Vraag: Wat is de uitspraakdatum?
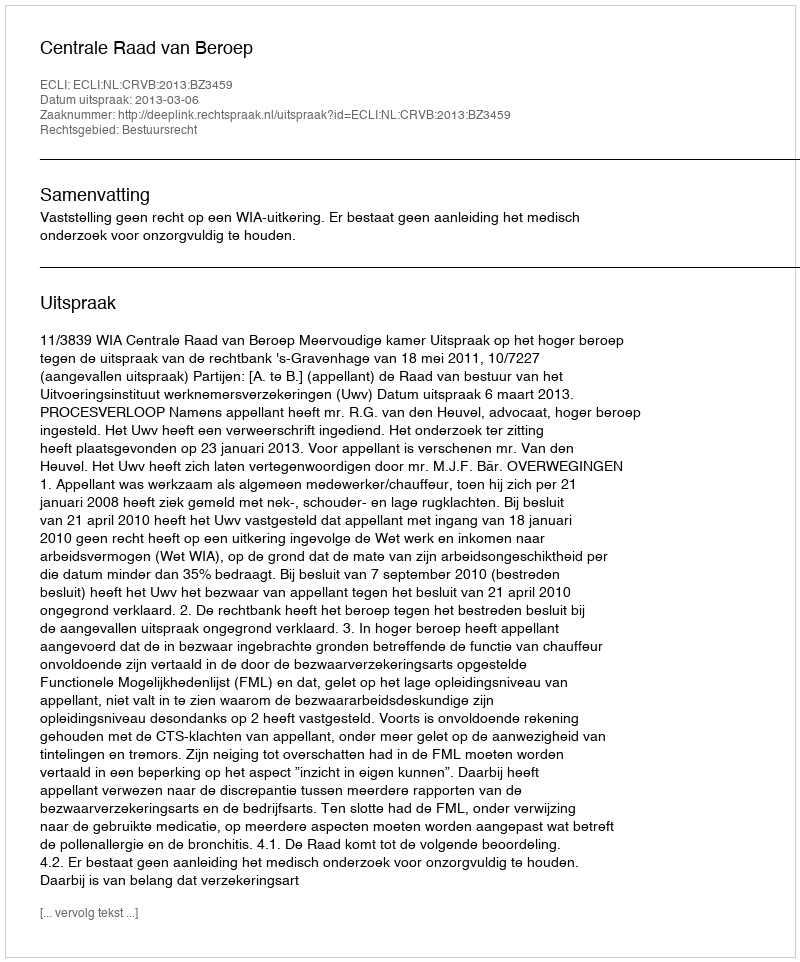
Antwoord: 2013-03-06